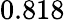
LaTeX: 0.818